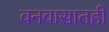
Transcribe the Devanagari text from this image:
वनवासातही